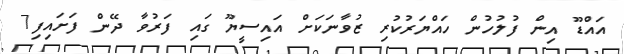
އައްޑޫ އިން ފުލުހުން ހައްޔަރުކުރި ޒުވާނަކަށް އައިސީޔޫ ގައި ފަރުވާ ދޭން ފަށައިފި7